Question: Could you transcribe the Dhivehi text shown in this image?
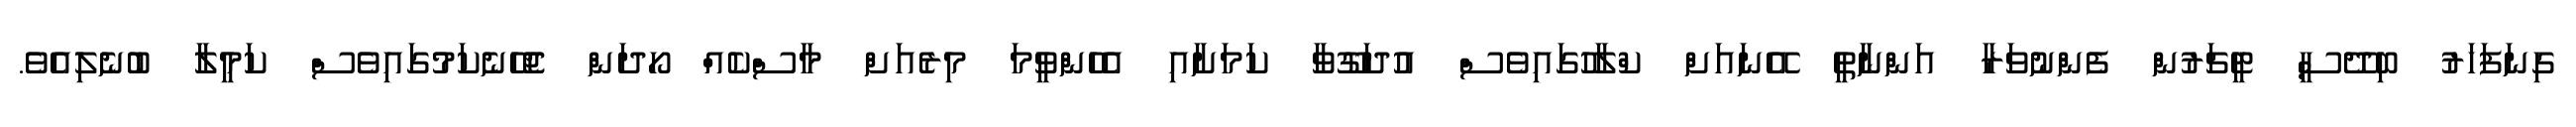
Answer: ގިނަފަހަރު ބިދޭސީ ޓީޗަރުން ފެންނުވަރާ އަންނާތީ އޭނައަށް ކްލާހުގައިވެސް އުދަގޫވާ ކަމަށާއި އެހެންވީމަ މިރެއަށް މާސްކެއް ހޯދަން ޖެހޭނެކަމުގައިވެސް ކަމީލާ ބުނެލިއެވެ.